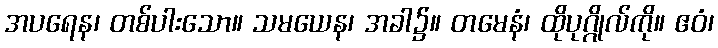
အပရေန၊ တစ်ပါးသော။ သမယေန၊ အခါ၌။ တမေနံ၊ ထိုပုဂ္ဂိုလ်ကို။ ဧဝံ၊